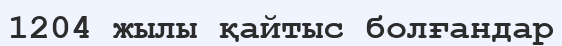
1204 жылы қайтыс болғандар